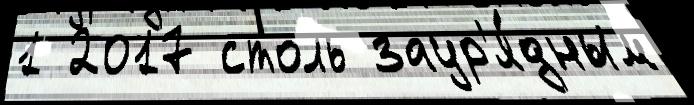
1 2017 столь заур'я́дным